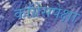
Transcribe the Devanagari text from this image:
काँग्रेसपेक्षा